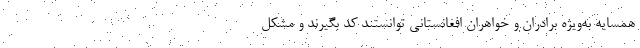
همسایه به‌ویژه برادران و خواهران افغانستانی توانستند کد بگیرند و مشکل